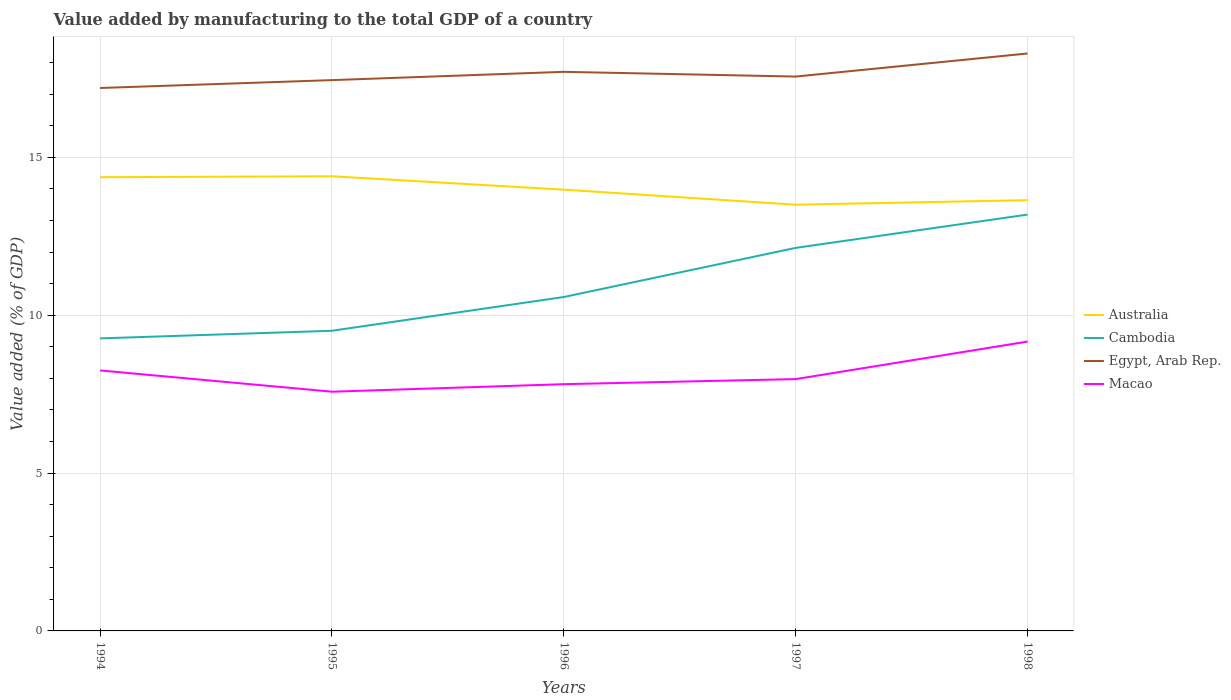
| Years | Australia | Cambodia | Egypt, Arab Rep. | Macao |
 | --- | --- | --- | --- | --- |
 | 1994 | 14.4 | 9.27 | 17.2 | 8.25 |
 | 1995 | 14.4 | 9.51 | 17.4 | 7.58 |
 | 1996 | 14 | 10.6 | 17.7 | 7.82 |
 | 1997 | 13.5 | 12.1 | 17.6 | 7.98 |
 | 1998 | 13.6 | 13.2 | 18.3 | 9.17 |